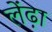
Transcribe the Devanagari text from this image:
लेंढ़ा